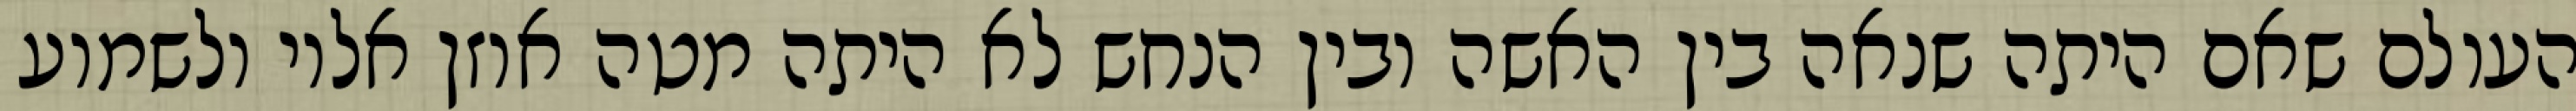
העולם שאם היתה שנאה בין האשה ובין הנחש לא היתה מטה אוזן אליו ולשמוע